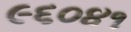
૯૬૦૪૧